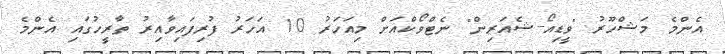
އެންމެ މަޝްހޫރު "ވީޑިއޯ-ޝެއަރިން" ނެޓްވޯކްއަށް މިއަހަރު 10 އަހަރު ފުރިފައިވާއިރު ތާރީހުގައި އެންމެ